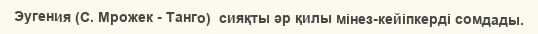
Эугения (С. Мрожек - Танго)  сияқты әр қилы мінез-кейіпкерді сомдады.